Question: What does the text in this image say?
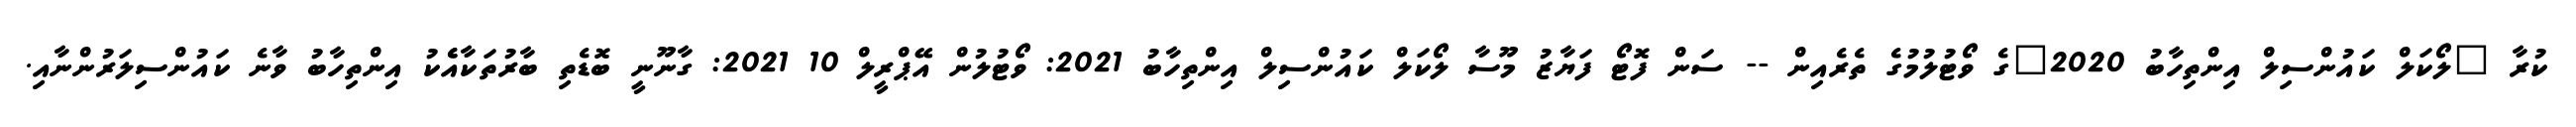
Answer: ކުރާ "ލޯކަލް ކައުންސިލް އިންތިހާބު 2020"ގެ ވޯޓުލުމުގެ ތެރެއިން -- ސަން ފޮޓޯ ފަޔާޒު މޫސާ ލޯކަލް ކައުންސިލް އިންތިހާބު 2021: ވޯޓުލުން އޭޕްރީލް 10 2021: ގާނޫނީ ބޮޑެތި ބާރުތަކާއެެކު އިންތިހާބު ވާނެ ކައުންސިލަރުންނާއި.